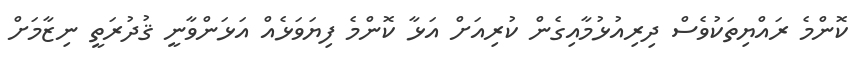
ކޮންމެ ރައްޔިތަކުވެސް ދިރިއުޅުމާއިގެން ކުރިއަށް އަޅާ ކޮންމެ ފިޔަވަޅެއް އަޅަންވާނީ ޤުދުރަތީ ނިޒާމަށް